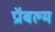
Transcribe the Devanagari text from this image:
प्रॉबल्म